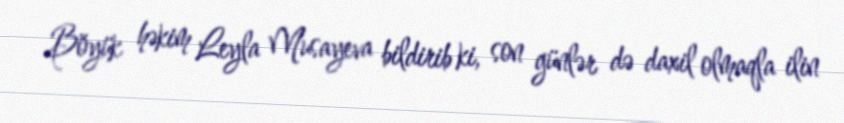
Böyük həkim Leyla Musayeva bildirib ki, son günlər də daxil olmaqla ilin